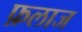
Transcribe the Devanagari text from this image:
फ़लाज